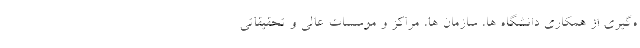
ه‌گیری از همکاری دانشگاه ها، سازمان ها، مراکز و موسسات عالی و تحقیقاتی